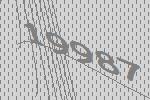
19987